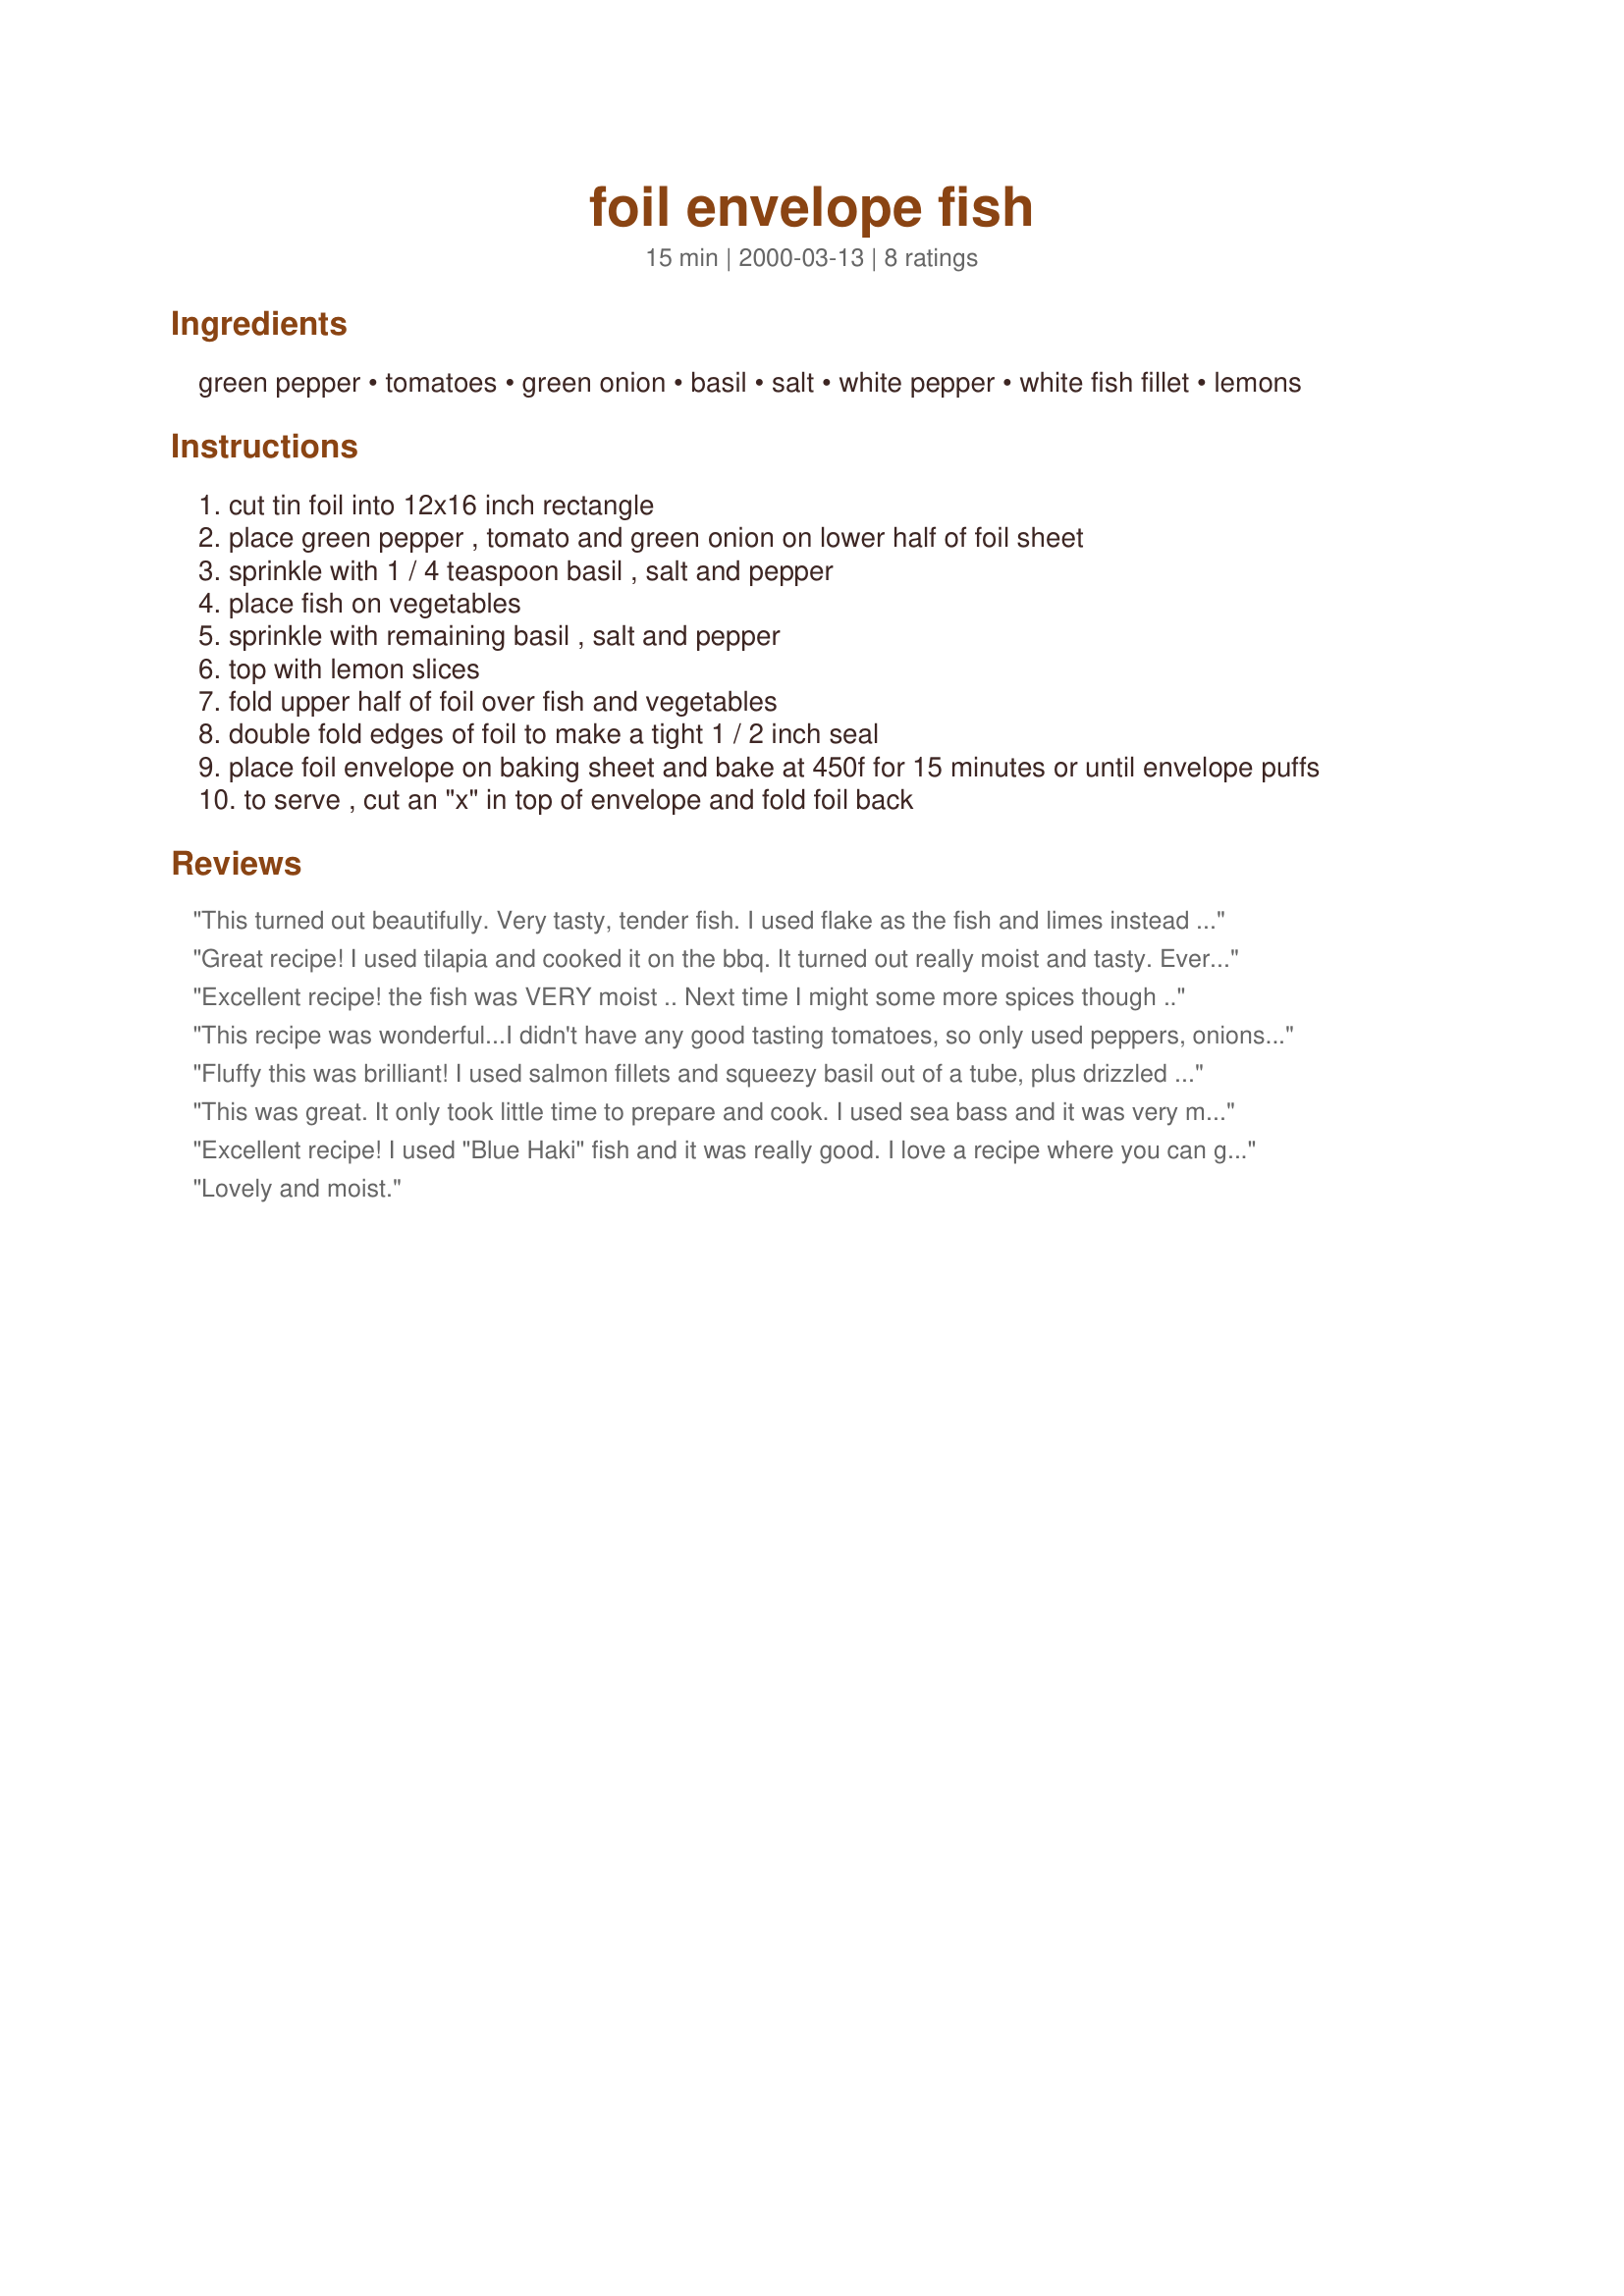
foil envelope fish
Preparation time: 15 minutes

Ingredients:
green pepper, tomatoes, green onion, basil, salt, white pepper, white fish fillet, lemons

Steps:
cut tin foil into 12x16 inch rectangle
place green pepper , tomato and green onion on lower half of foil sheet
sprinkle with 1 / 4 teaspoon basil , salt and pepper
place fish on vegetables
sprinkle with remaining basil , salt and pepper
top with lemon slices
fold upper half of foil over fish and vegetables
double fold edges of foil to make a tight 1 / 2 inch seal
place foil envelope on baking sheet and bake at 450f for 15 minutes or until envelope puffs
to serve , cut an "x" in top of envelope and fold foil back

Reviews:
This turned out beautifully. Very tasty, tender fish. I used flake as the fish and limes instead of the lemon.
Great recipe!
I used tilapia and cooked it on the bbq.
It turned out really moist and tasty. Everyone loved it.
Excellent recipe! the fish was VERY moist .. Next time I might some more spices though ..
This recipe was wonderful...I didn't have any good tasting tomatoes, so only used peppers, onions and lemon...we also used lake fish in place of the white fish, and they disappeared in no time...would like to try white fish next time...Thanks for sharing this recipe Fluffy.
Fluffy this was brilliant! I used salmon fillets and squeezy basil out of a tube, plus drizzled some olive oil over; otherwise followed the recipe exactly. It was aromatic, moist and everyone loved it! Thank you!
This was great. It only took little time to prepare and cook. I used sea bass and it was very moist. I would use more spices then recomended.
Excellent recipe! I used "Blue Haki" fish and it was really good. I love a recipe where you can get it ready in the morning and just put it in the fridge for the day and pop it in the oven at dinner time, especially when you have company staying with you. Thankyou.
Lovely and moist.
